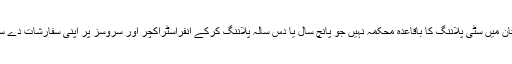
پاکستان میں سٹی پلاننگ کا باقاعدہ محکمہ نہیں جو پانچ سال یا دس سالہ پلاننگ کرکے انفراسٹراکچر اور سروسز پر اپنی سفارشات دے سکے۔